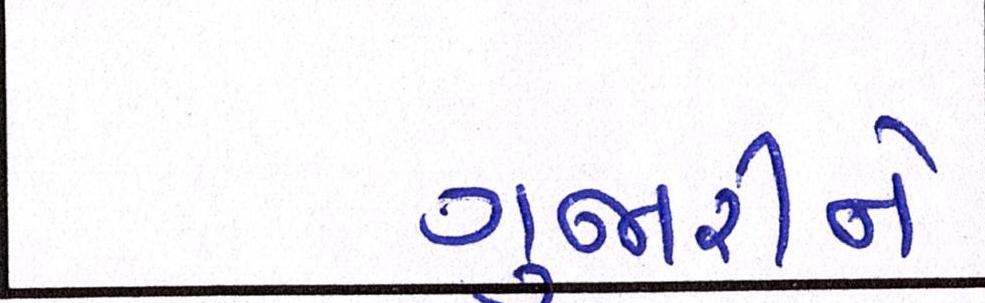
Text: ગુજારીને